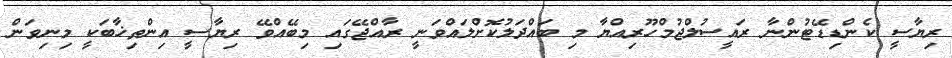
ރިޔާސީ ކެންޑިޑޭޓުންނާ ރައީސުލްޖުމްހޫރިއްޔާ މި ބައްދަލުކޮށްލައްވަނީ ރާއްޖޭގައި މިބޭއްވޭ ރިޔާސީ އިންތިޚާބަކީ މިނިވަން